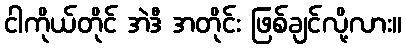
ငါကိုယ်တိုင် အဲဒီ အတိုင်း ဖြစ်ချင်လို့လား။